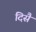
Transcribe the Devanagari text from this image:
दिसै